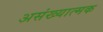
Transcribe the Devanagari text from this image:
असंख्यात्मक